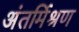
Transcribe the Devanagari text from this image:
अंतर्मिश्रण